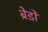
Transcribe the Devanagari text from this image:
ब्रेडों